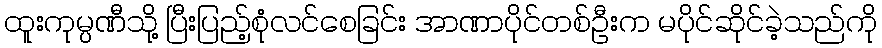
ထူးကုမ္ပဏီသို့ ပြီးပြည့်စုံလင်စေခြင်း အာဏာပိုင်တစ်ဦးက မပိုင်ဆိုင်ခဲ့သည်ကို